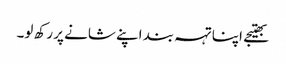
بھتیجے اپنا تہہ بند اپنے شانے پر رکھ لو۔